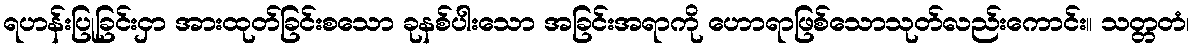
ရဟန်းပြုခြင်းငှာ အားထုတ်ခြင်းစသော ခုနစ်ပါးသော အခြင်းအရာကို ဟောရာဖြစ်သောသုတ်လည်းကောင်း။ သတ္တတံ၊